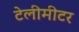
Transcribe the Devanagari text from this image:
टेलीमीटर